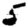
Digit: 5